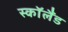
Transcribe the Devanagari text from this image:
स्काॅलैंड